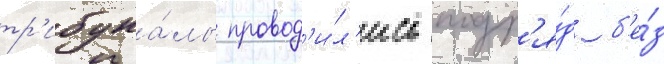
тр'ибуна́лы провод'и́л'ись подр'я́д б'е́з